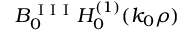
B _ { 0 } ^ { \mathrm { ~ I ~ I ~ I ~ } } H _ { 0 } ^ { ( 1 ) } ( k _ { 0 } \rho )